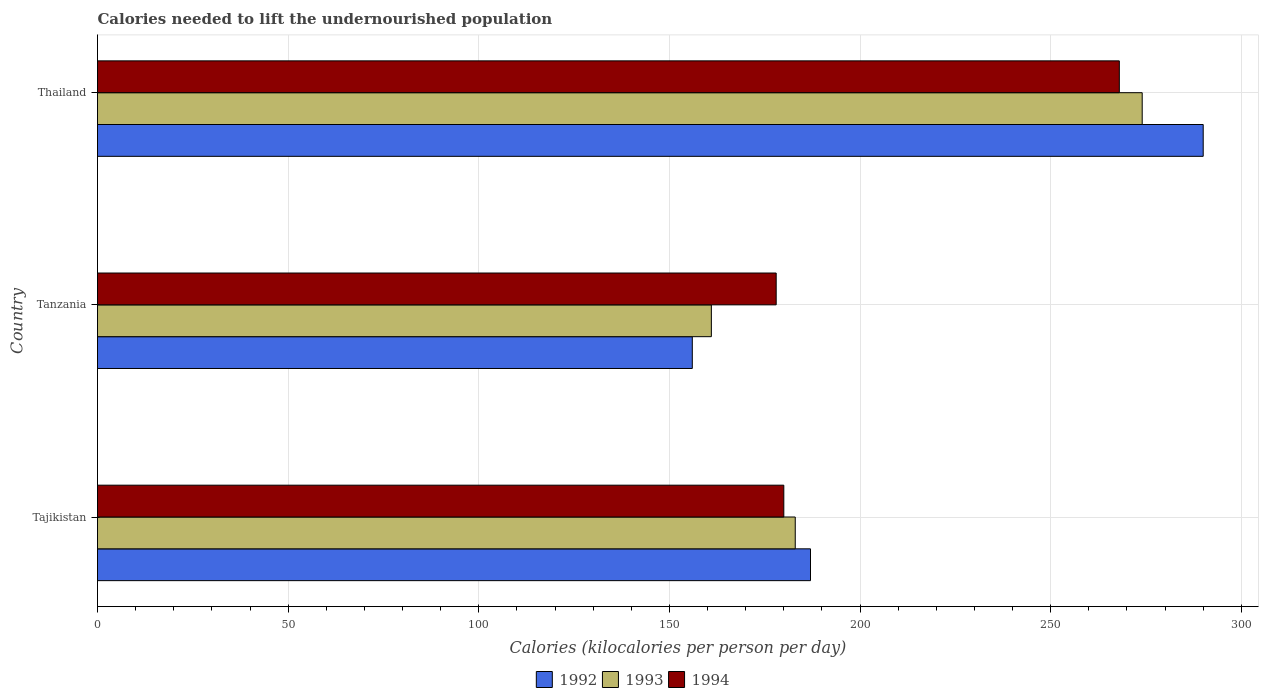
| Country | 1992 | 1993 | 1994 |
 | --- | --- | --- | --- |
 | Tajikistan | 187 | 183 | 180 |
 | Tanzania | 156 | 161 | 178 |
 | Thailand | 290 | 274 | 268 |